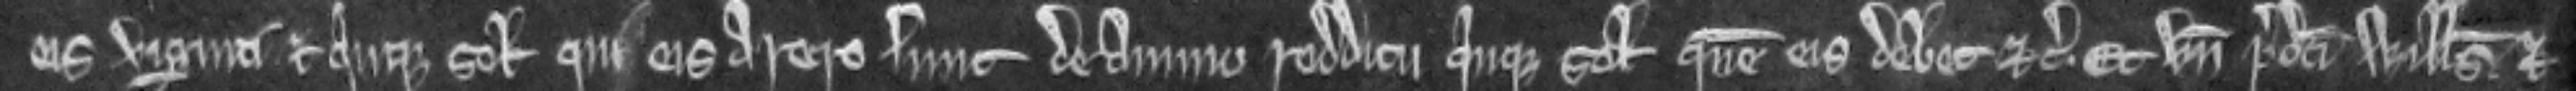
eis viginti et quinque solidos qui eis aretro sunt de annuo redditu quinque solidorum quem eis debet etc. Et unde predicti Willelmus et